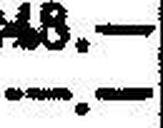
—.—